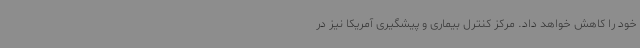
خود را کاهش خواهد داد. مرکز کنترل بیماری و پیشگیری آمریکا نیز در